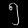
Digit: ၅